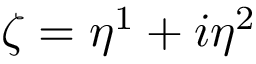
\zeta = \eta ^ { 1 } + i \eta ^ { 2 }